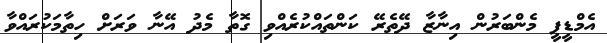
އެމްޑީޕީ މެންބަރުން އިނާޒާ ދޭތެރޭ ކަންތައްކުރެއްވި ގޮތާ މެދު އޭނާ ވަރަށް ހިތާމަކުރައްވާ